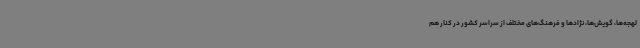
لهجه‌ها، گویش‌ها، نژادها و فرهنگ‌های مختلف از سراسر کشور در کنار هم